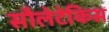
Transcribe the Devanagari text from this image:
सौलेटेकिस